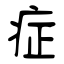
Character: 症